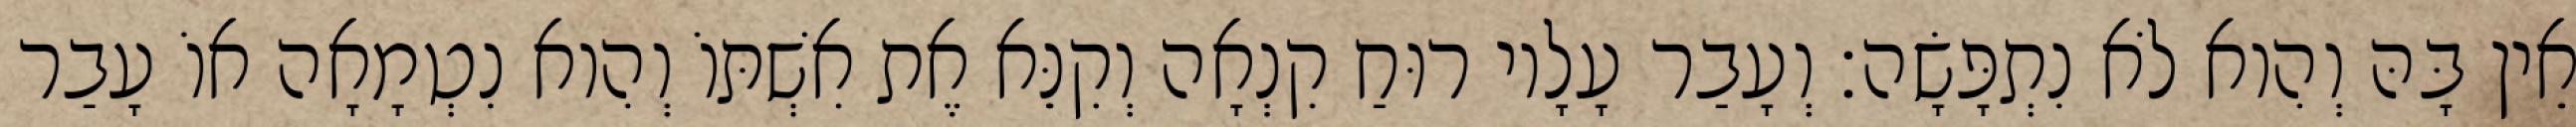
אֵין בָּהּ וְהִוא לֹא נִתְפָּשָׂה׃ וְעָבַר עָלָיו רוּחַ קִנְאָה וְקִנֵּא אֶת אִשְׁתּוֹ וְהִוא נִטְמָאָה אוֹ עָבַר